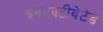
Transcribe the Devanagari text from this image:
इनएक्टीवेटेड